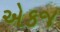
એકજ